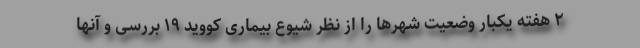
۲ هفته یکبار وضعیت شهرها را از نظر شیوع بیماری کووید ۱۹ بررسی و آنها